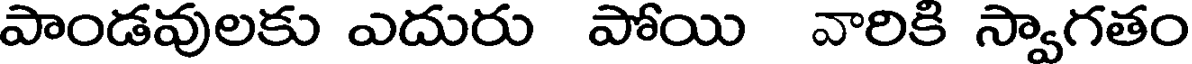
పాండవులకు ఎదురు పోయి వారికి స్వాగతం